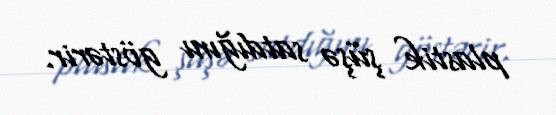
plastik şüşə satdığını göstərir.